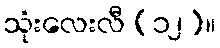
သုံးလေးလီ (၁၂)။